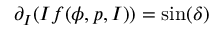
\partial _ { I } ( I f ( \phi , p , I ) ) = \sin ( \delta )